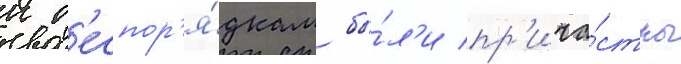
к б'еспор'я́дкам бы́л'и пр'ича́стны